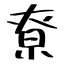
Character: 尞